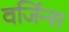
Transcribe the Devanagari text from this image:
वर्जिन्स